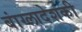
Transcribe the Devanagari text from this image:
बांग्लादेशकी